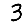
Digit: 3